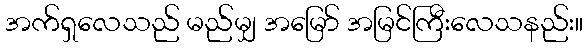
အက်ရှလေသည် မည်မျှ အမြော် အမြင်ကြီးလေသနည်း။